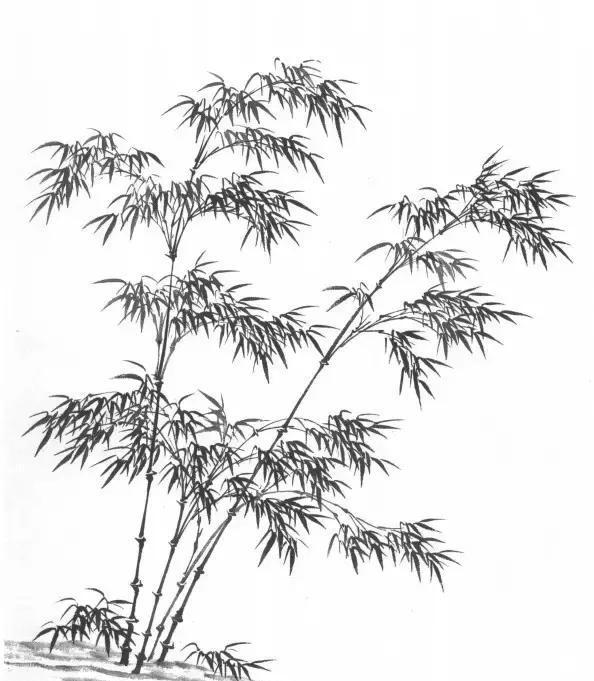
梅片作团飞，雨外柳丝金湿。